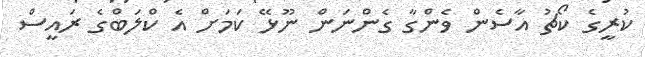
ކުރީގެ ކޯޗު އާސެން ވެންގާ ގެންނަން ނޫޅޭ ކަމަށް އެ ކްލަބްގެ ރައީސް